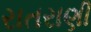
રાતરાણી